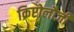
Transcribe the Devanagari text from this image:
क्रिप्टोलौजी